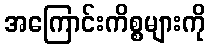
အကြောင်းကိစ္စများကို